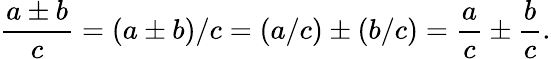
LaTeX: {\frac{a\pm b}{c}}=(a\pm b)/c=(a/c)\pm(b/c)={\frac{a}{c}}\pm{\frac{b}{c}}.